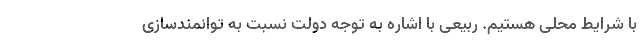
با شرایط محلی هستیم. ربیعی با اشاره به توجه دولت نسبت به توانمندسازی